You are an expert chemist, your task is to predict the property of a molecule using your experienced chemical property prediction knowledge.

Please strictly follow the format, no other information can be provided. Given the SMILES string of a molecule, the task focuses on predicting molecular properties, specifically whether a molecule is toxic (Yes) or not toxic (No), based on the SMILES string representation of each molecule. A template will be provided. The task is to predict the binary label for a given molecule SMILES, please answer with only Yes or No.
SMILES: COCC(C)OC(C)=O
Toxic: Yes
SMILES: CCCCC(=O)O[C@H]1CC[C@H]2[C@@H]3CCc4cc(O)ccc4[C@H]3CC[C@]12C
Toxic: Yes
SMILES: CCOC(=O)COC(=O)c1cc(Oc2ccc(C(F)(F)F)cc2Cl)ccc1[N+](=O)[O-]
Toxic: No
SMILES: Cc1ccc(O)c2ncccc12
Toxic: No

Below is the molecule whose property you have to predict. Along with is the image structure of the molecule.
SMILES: C1COCCO1
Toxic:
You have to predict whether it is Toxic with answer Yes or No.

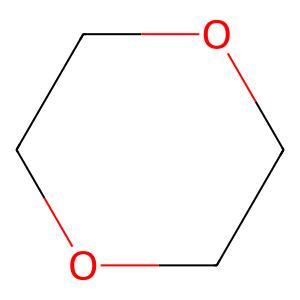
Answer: No